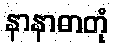
နာနာဓာတုံ